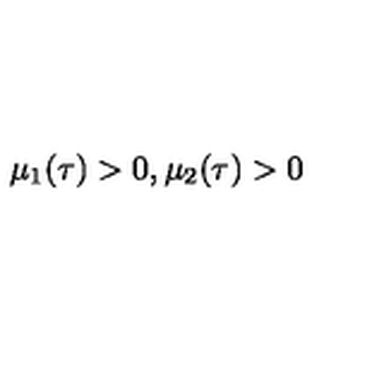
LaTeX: \mu _ { 1 } ( \tau ) > 0 , \mu _ { 2 } ( \tau ) > 0